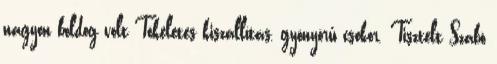
nagyon boldog volt Tökéletes kiszállítás, gyönyörű csokor. Tisztelt Szabó